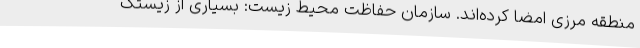
منطقه مرزی امضا کرده‌اند. سازمان حفاظت محیط زیست: بسیاری از زیستگ